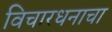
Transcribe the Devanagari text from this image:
विचारधनाचा